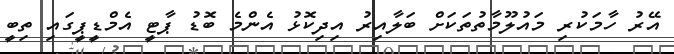
އޭރު ހާމަކުރި މައުލޫމާތުތަކަށް ބަލާއިރު އިދިކޮޅު އެންމެ ބޮޑު ޕާޓީ އެމްޑީޕީގައި ތިބީ